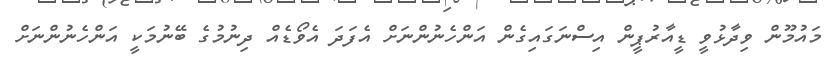
މައުމޫން ވިދާޅުވީ ޑީއާރުޕީން އިސްނަގައިގެން އަންހެނުންނަށް އެފަދަ އެވޯޑެއް ދިނުމުގެ ބޭނުމަކީ އަންހެނުންނަށް